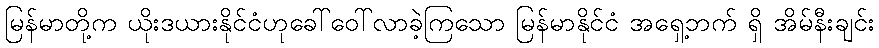
မြန်မာတို့က ယိုးဒယားနိုင်ငံဟုခေါ်ဝေါ်လာခဲ့ကြသော မြန်မာနိုင်ငံ အရှေ့ဘက် ရှိ အိမ်နီးချင်း